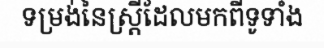
ទម្រង់នៃស្ត្រីដែលមកពីទូទាំង